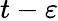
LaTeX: t-\varepsilon